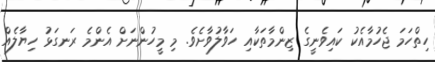
ހިތްހަމަ ޖެހުމާއެކު ކައިވެނީގެ ޒިންމާތަކާއި ހަވާލުވާށެވެ. މި މީހުންނަށް އެންމެ ރަނގަޅު ހިޔާލެއް